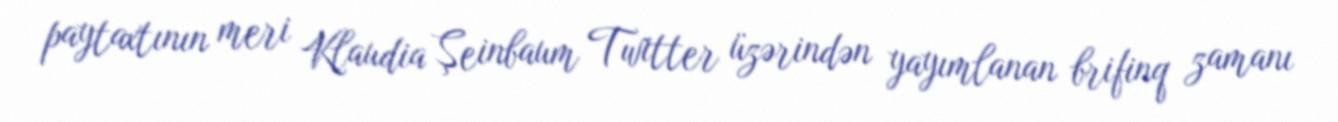
paytaxtının meri Klaudia Şeinbaum Twitter üzərindən yayımlanan brifinq zamanı